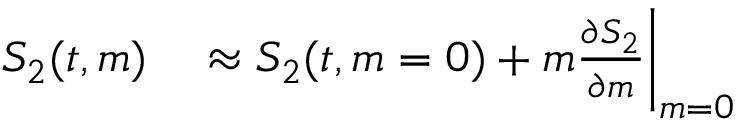
\begin{array} { r l } { S _ { 2 } ( t , m ) } & { { } \approx S _ { 2 } ( t , m = 0 ) + m \frac { \partial S _ { 2 } } { \partial m } \bigg | _ { m = 0 } } \end{array}